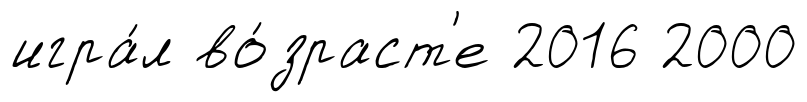
игра́л во́зраст'е 2016 2000